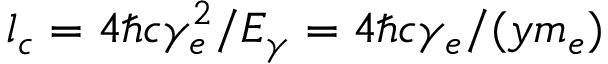
l _ { c } = 4 \hbar c \gamma _ { e } ^ { 2 } / E _ { \gamma } = 4 \hbar c \gamma _ { e } / ( y m _ { e } )